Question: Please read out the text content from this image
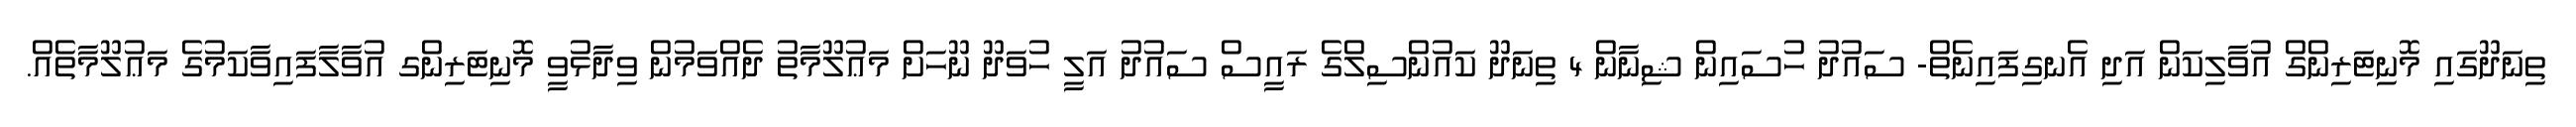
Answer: ތިނަދޫގައި މޮނިޓަރިންގް އުވާލިކަން އަދި އެނގިފައިނެތް- ސައުދު ހުސައިން ޝިނާން 4 ތިނަދޫ ކައުންސިލްގެ ރައީސް ސައުދު އަލީ ހުވަދޫ ނޫހަށް މަޢުލޫމާތު ދެއްވަމުން ވިދާޅުވީ މޮނިޓަރިންގ އުވާލާފައިވާކަމުގެ މަޢުލޫމާތެއް.